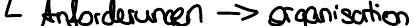
Anforderungen -> organisation